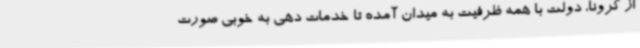
از کرونا، دولت با همه ظرفیت به میدان آمده تا خدمات دهی به خوبی صورت